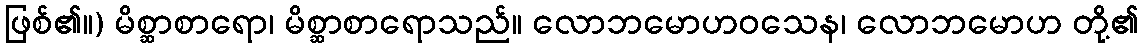
ဖြစ်၏။) မိစ္ဆာစာရော၊ မိစ္ဆာစာရောသည်။ လောဘမောဟဝသေန၊ လောဘမောဟ တို့၏